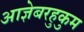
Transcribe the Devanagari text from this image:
आज्ञेबरहुकुम